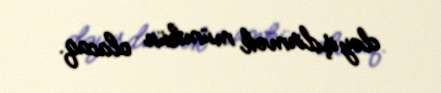
dəyişdirmək mümkün olacaq.